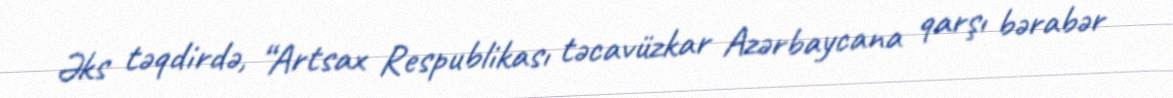
Əks təqdirdə, “Artsax Respublikası təcavüzkar Azərbaycana qarşı bərabər